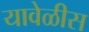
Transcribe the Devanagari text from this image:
यावेळीस